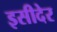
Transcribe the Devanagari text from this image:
इसीदेर